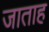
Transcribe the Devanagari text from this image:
जाताह